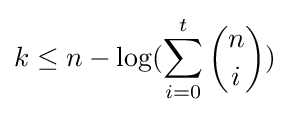
k\leq n-\log(\sum _{i=0}^{t}{n \choose i})